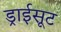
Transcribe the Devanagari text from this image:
ड्राईसूट